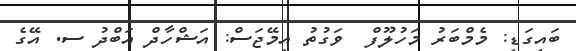
ބައިގަޑި: މެމްބަރު މަހުލޫފް  ވަގުތު އިމޭޖަސް: އަޝްހާދް އަބްދު ސ. އޭގެ